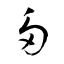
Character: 多